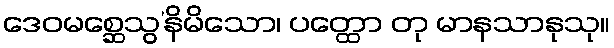
ဒေဝမစ္ဆေသွ’နိမိသော၊ ပတ္ထော တု မာနသာနုသု။